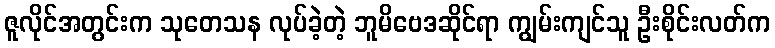
ဇူလိုင်အတွင်းက သုတေသန လုပ်ခဲ့တဲ့ ဘူမိဗေဒဆိုင်ရာ ကျွမ်းကျင်သူ ဦးစိုင်းလတ်က